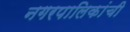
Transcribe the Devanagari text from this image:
नगरपालिकांची